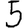
Digit: 5